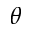
\theta